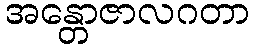
အန္တောဇာလဂတာ